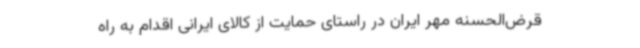
قرض‌الحسنه مهر ایران در راستای حمایت از کالای ایرانی اقدام به راه